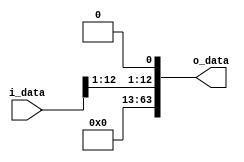
module ShiftLeftOne #(
	parameter ADDR_W = 64
)(
	input	   [ADDR_W-1:0]	i_data,
	output reg [ADDR_W-1:0]	o_data
);

	always @(*) begin
        o_data = {51'b0, i_data[12:1], 1'b0};
	end

endmodule